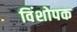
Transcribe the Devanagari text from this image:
विंशोपक